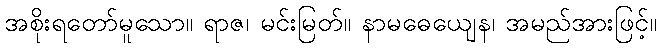
အစိုးရတော်မူသော။ ရာဇ၊ မင်းမြတ်။ နာမဓေယျေန၊ အမည်အားဖြင့်။